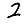
Digit: 2